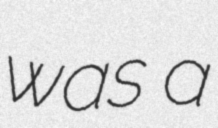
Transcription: was a